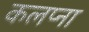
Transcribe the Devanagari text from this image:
कलप्ना